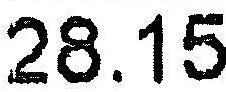
28.15